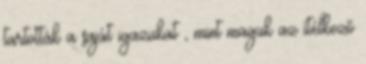
tartották a saját igazukat , mint maguk az ítélkező